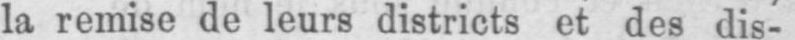
la remise de leurs districts et des dis-